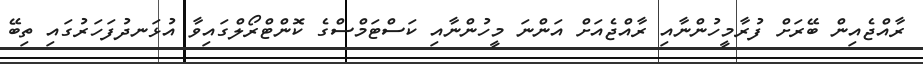
ރާއްޖެއިން ބޭރަށް ފުރާމީހުންނާއި ރާއްޖެއަށް އަންނަ މީހުންނާއި ކަސްޓަމްސްގެ ކޮންޓްރޯލްގައިވާ އުޅަނދުފަހަރުގައި ތިބޭ